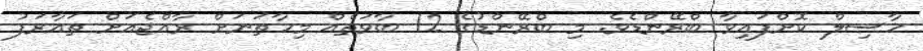
ހާސިލް ކޮށްފައިވާ ބްރޭންޑެވެ. މި ބްރޭންޑުގެ 12 ބާވަތެއް މިހާތަނަށް ރާއްޖެއަށް ތައާރަފު